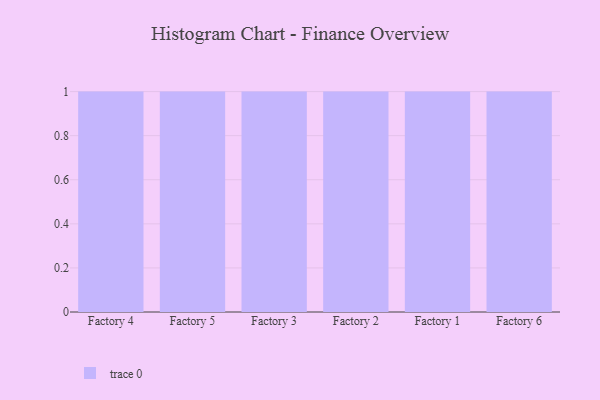
{"axis": {"x": "Factory", "y": "Temperature (°C)"}, "legend": [""], "data": [{"x": "Factory 4", "y": 4, "type": ""}, {"x": "Factory 5", "y": 49, "type": ""}, {"x": "Factory 3", "y": 52, "type": ""}, {"x": "Factory 2", "y": 9, "type": ""}, {"x": "Factory 1", "y": 65, "type": ""}, {"x": "Factory 6", "y": 28, "type": ""}]}